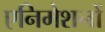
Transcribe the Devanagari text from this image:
एनिमेशनों